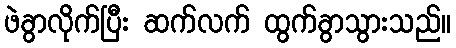
ဖဲခွာလိုက်ပြီး ဆက်လက် ထွက်ခွာသွားသည်။